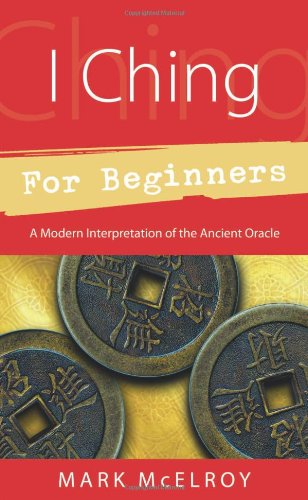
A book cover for I Ching for Beginners: A Modern Interpretation of the Ancient Oracle (For Beginners (Llewellyn's)); Mark McElroy; Religion & Spirituality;